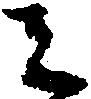
ミ